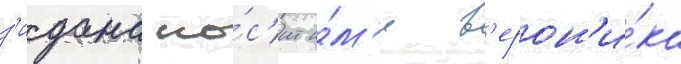
з'идана но́с'ит и́м'я в'ерон'и́ка